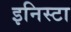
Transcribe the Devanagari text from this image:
इनिस्टा